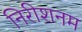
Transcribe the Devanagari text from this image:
निरीशनम